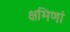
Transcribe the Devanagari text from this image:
क्षमिणां